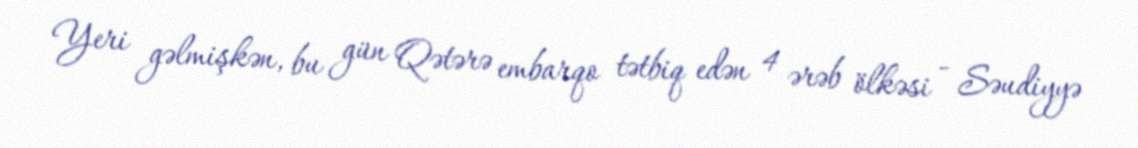
Yeri gəlmişkən, bu gün Qətərə embarqo tətbiq edən 4 ərəb ölkəsi - Səudiyyə